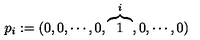
p _ { i } : = ( 0 , 0 , \cdots , 0 , \overbrace { 1 } ^ { i } , 0 , \cdots , 0 )